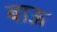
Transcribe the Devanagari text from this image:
बाऊ